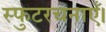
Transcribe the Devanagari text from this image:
स्फुटरचनाएँ।